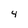
Character: 4